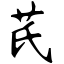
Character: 芪